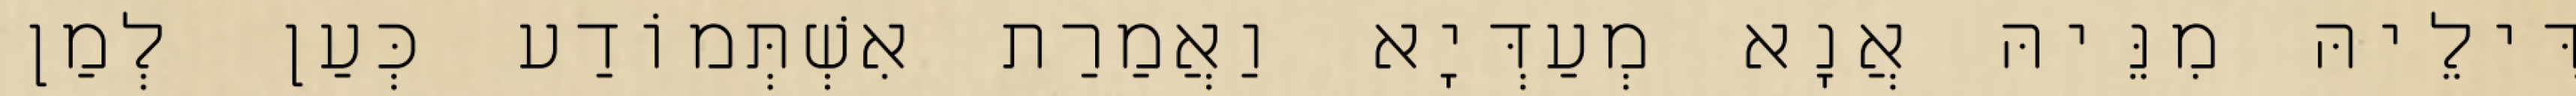
דִּילֵיהּ מִנֵּיהּ אֲנָא מְעַדְּיָא וַאֲמַרַת אִשְׁתְּמוֹדַע כְּעַן לְמַן